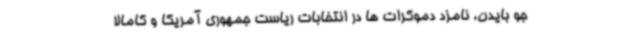
جو بایدن، نامزد دموکرات ها در انتخابات ریاست جمهوری آمریکا و کامالا